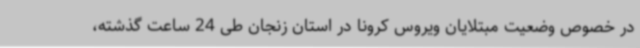
در خصوص وضعیت مبتلایان ویروس کرونا در استان زنجان طی 24 ساعت گذشته،